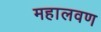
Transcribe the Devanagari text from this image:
महालवण